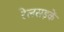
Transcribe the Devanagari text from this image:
रेलसड़कें